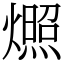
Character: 燳